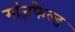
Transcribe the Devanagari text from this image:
गांज़फेल्ड